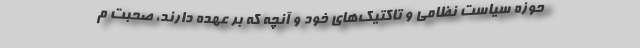
حوزه سیاست نظامی و تاکتیک‌های خود و آنچه که بر عهده دارند، صحبت م